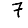
Digit: 7